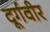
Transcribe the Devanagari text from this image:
दूर्गवीर